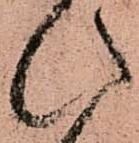
ひ